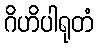
ဂိဟိပါရုတံ